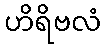
ဟိရိဗလံ